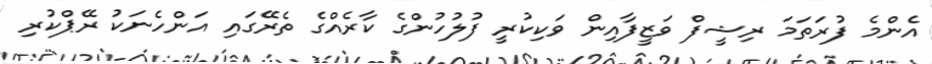
އެންމެ ފުރަތަމަ ރިޝީފް ވަޒީފާއިން ވަކިކުރީ ފުލުހުންގެ ކާރެއްގެ ތެރޭގައި އަންހެނަކު ރޭޕްކުރި